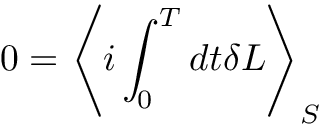
0 = \left< i \int _ { 0 } ^ { T } d t \delta L \right> _ { S }